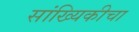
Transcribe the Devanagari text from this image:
सांख्यिकीचा